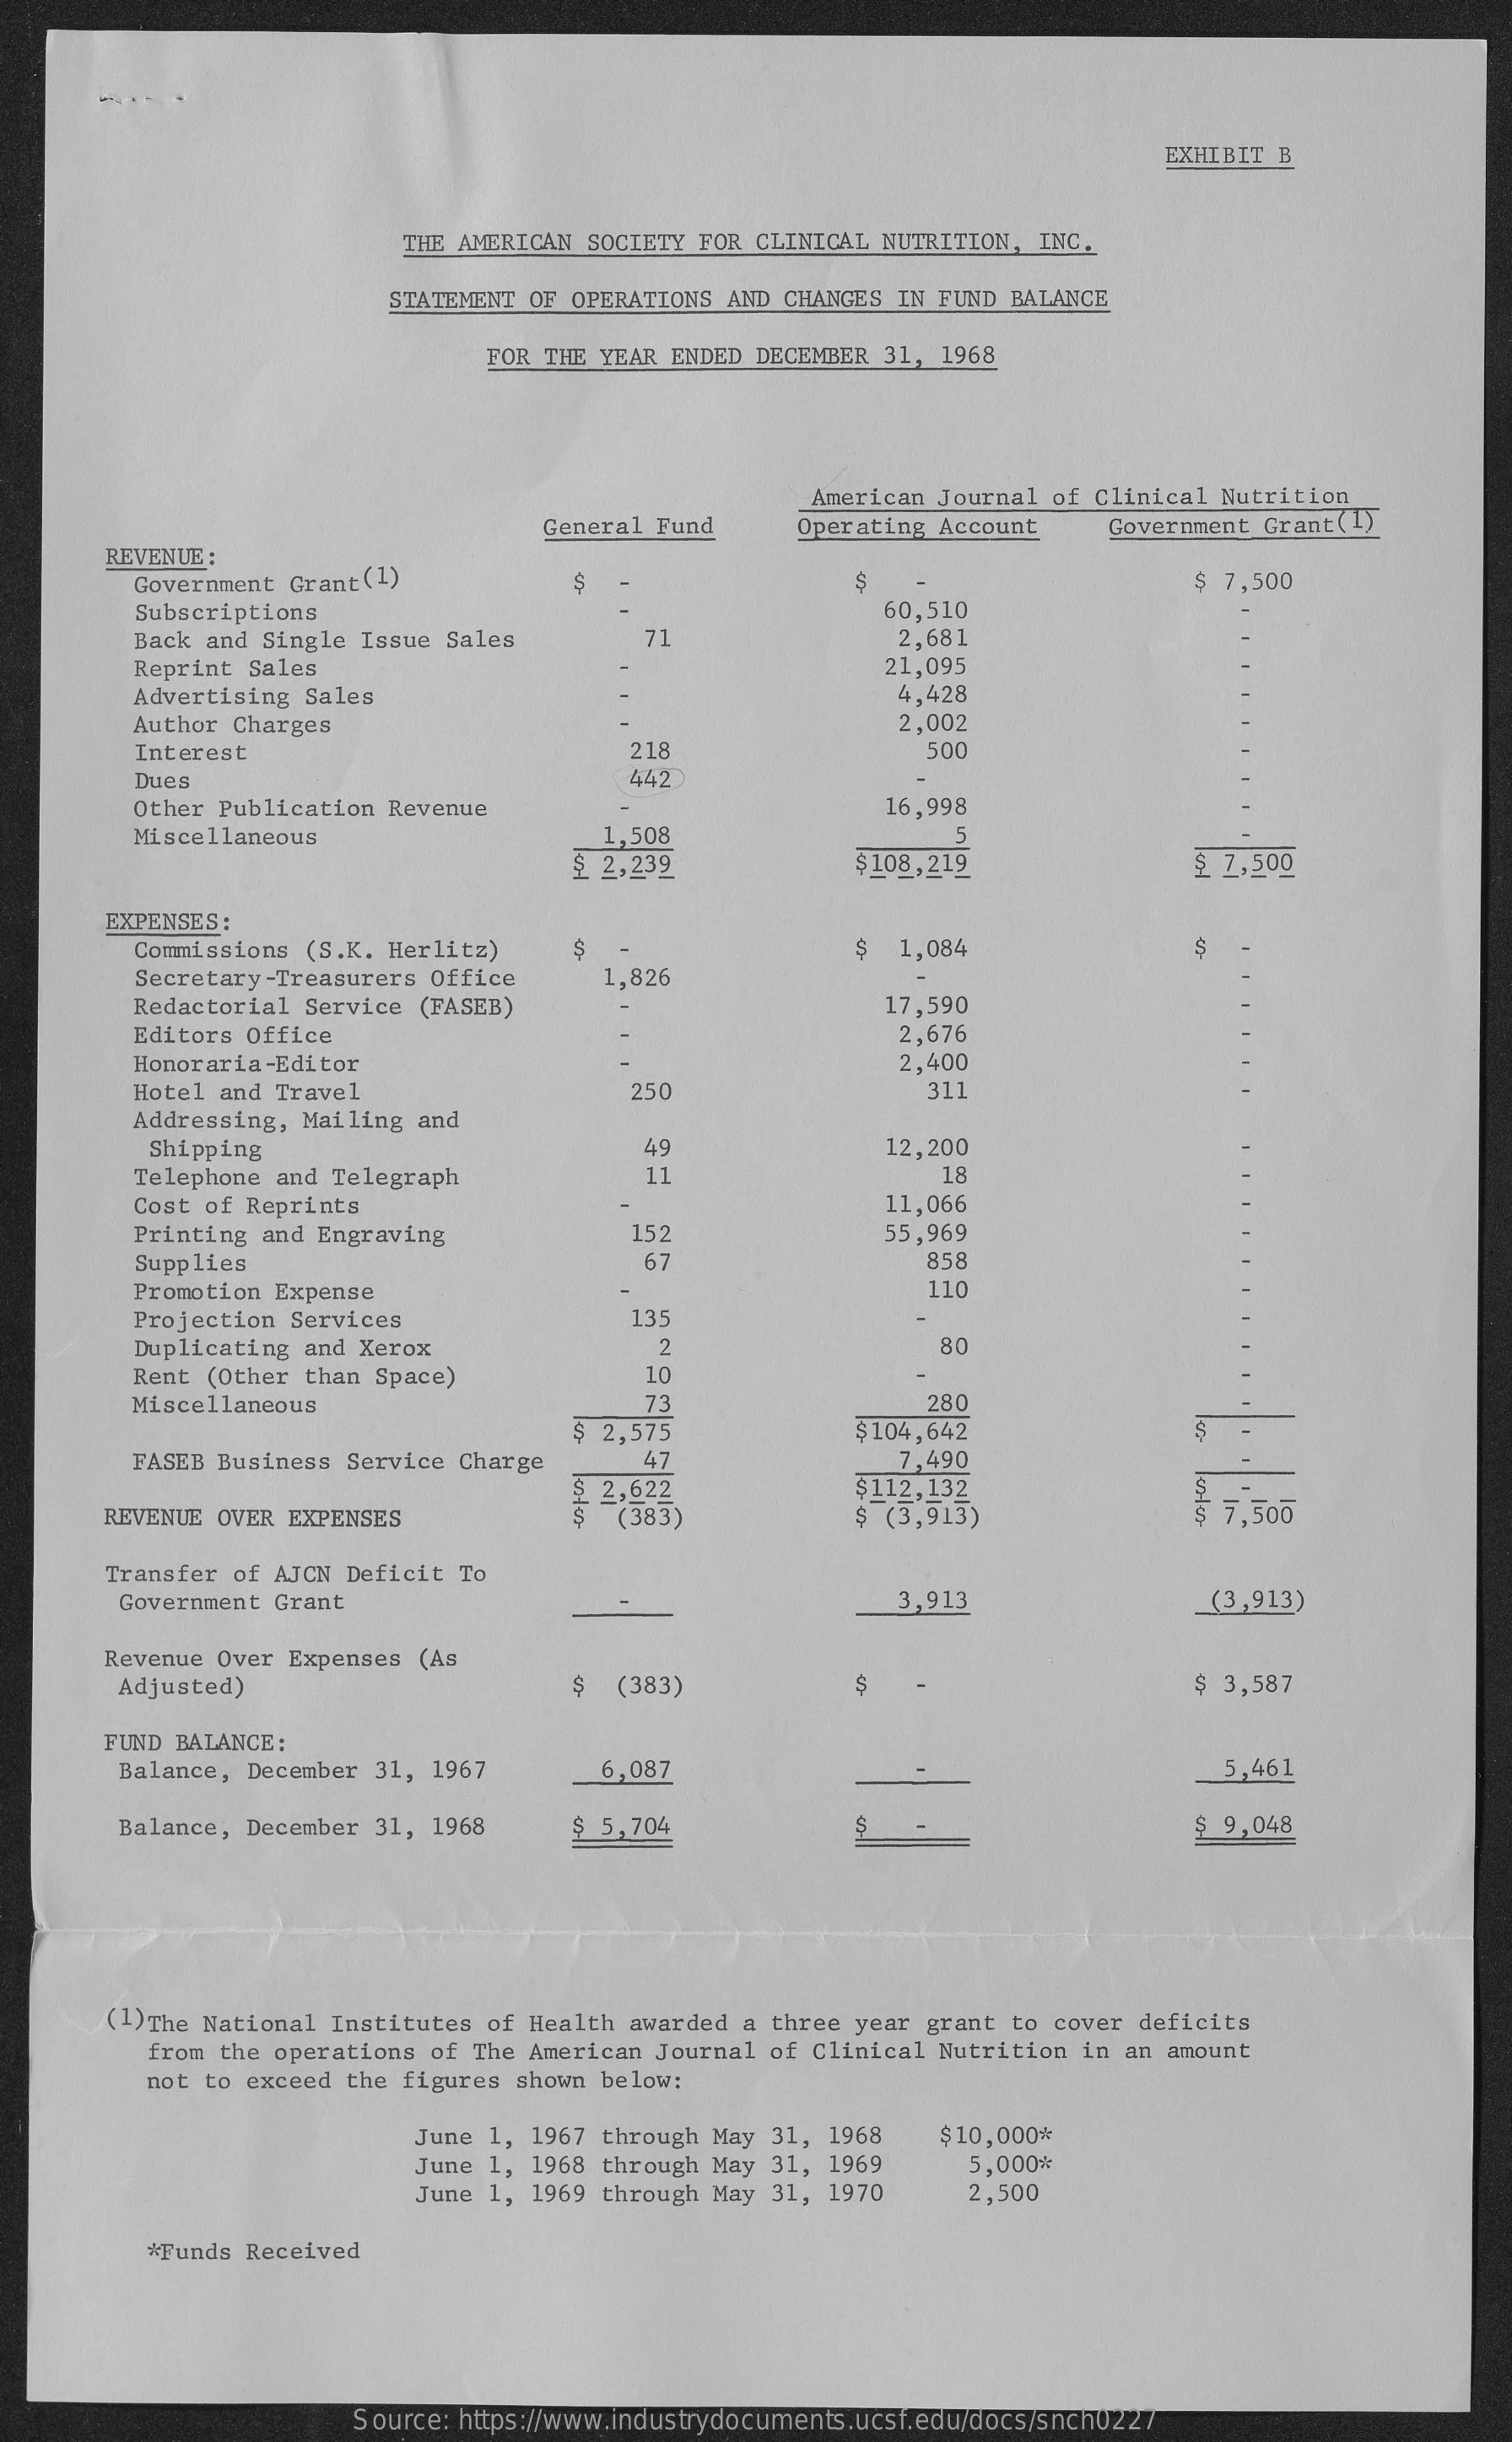
EXHIBIT B
     THE AMERICAN SOCIETY FOR CLINICAL NUTRITION, INC.
     STATEMENT OF OPERATIONS AND CHANGES IN FUND BALANCE
     FOR THE YEAR ENDED DECEMBER 31, 1968
     American Journal of Clinical Nutrition
     General Fund   Operating Account  Government Grant(1)
     REVENUE :
     Government Grant (1)    S    $ 7,500
     Subscriptions    60,510
     Back and Single Issue Sales    71    2,681
     Reprint Sales    21,095
     Advertising Sales    4,428
     Author Charges    2,002
     Interest    218    500
     Dues    442
     Other Publication Revenue    16,998
     Miscellaneous    1,508    5    -
     $ 2,239    $108,219    $ 7,500
     EXPENSES :
     Commissions (S.K. Herlitz) S    $ 1,084    $
     Secretary-Treasurers Office 1,826
     Redactorial Service (FASEB)    17,590
     Editors Office    2,676
     Honoraria-Editor    2,400
     Hotel and Travel    250    311
     Addressing, Mailing and
     Shipping    49    12,200
     Telephone and Telegraph    11    18
     Cost of Reprints    11,066
     Printing and Engraving    152    55,969
     Supplies    67    858
     Promotion Expense    110
     Projection Services    135
     Duplicating and Xerox    2    80
     Rent (Other than Space)    10
     Miscellaneous    73    280
     $ 2,575    $104,642    S  -
     FASEB Business Service Charge  47    7,490
     $ 2,622    $112,132
     REVENUE OVER EXPENSES    (383)    $ (3,913)    $ 7,500
     Transfer of AJCN Deficit To
     Government Grant    3,913    (3,913)
     Revenue Over Expenses (As
     Adjusted)    $ (383)    S    $ 3,587
     FUND BALANCE:
     Balance, December 31, 1967   6,087    5,461
     Balance, December 31, 1968  $ 5,704    $ 9,048
     (1)The National Institutes of Health awarded a three year grant to cover deficits
     from the operations of The American Journal of Clinical Nutrition in an amount
     not to exceed the figures shown below:
     June 1, 1967 through May 31, 1968
     June 1, 1968 through May 31, 1969
     $10,000*
     June 1, 1969 through May 31, 1970
     5,000*
     2,500
     *Funds Received
     Source: https://www.industrydocuments.ucsf.edu/docs/snch0227